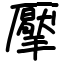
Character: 擪